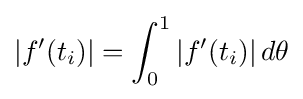
\left|f'(t_{i})\right|=\int _{0}^{1}\left|f'(t_{i})\right|d\theta